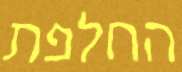
החלפת